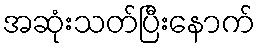
အဆုံးသတ်ပြီးနောက်